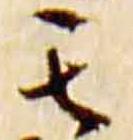
其